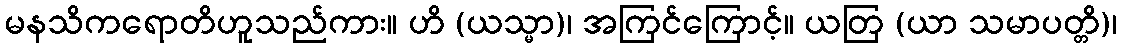
မနသိကရောတိဟူသည်ကား။ ဟိ (ယသ္မာ)၊ အကြင်ကြောင့်။ ယတြ (ယာ သမာပတ္တိ)၊